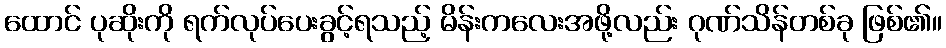
ထောင် ပုဆိုးကို ရက်လုပ်ပေးခွင့်ရသည့် မိန်းကလေးအဖို့လည်း ဂုဏ်သိန်တစ်ခု ဖြစ်၏။